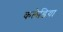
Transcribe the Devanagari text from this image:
कलेडिया